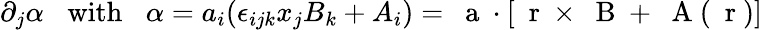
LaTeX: \partial_{j}\alpha\; \; \; \mathrm{with}\; \; \; \alpha=a_{i}(\epsilon_{ijk}x_{j}B_{k}+A_{i})={\mathrm{~\mathbf~a~}}\cdot[\mathrm{~\mathbf~r~}\times\mathrm{~\mathbf~B~}+\mathrm{~\mathbf~A~}(\mathrm{~\mathbf~r~})]